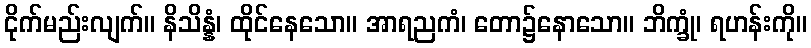
ငိုက်မည်းလျက်။ နိသိန္နံ၊ ထိုင်နေသော။ အာရညကံ၊ တော၌နောသော။ ဘိက္ခုံ၊ ရဟန်းကို။